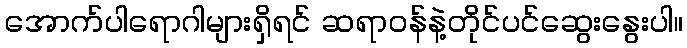
အောက်ပါရောဂါများရှိရင် ဆရာဝန်နဲ့တိုင်ပင်ဆွေးနွေးပါ။